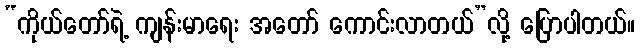
“ကိုယ်တော်ရဲ့ ကျန်းမာရေး အတော် ကောင်းလာတယ်”လို့ ပြောပါတယ်။